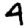
Digit: 4